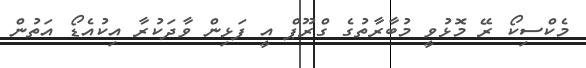
މެކްސިކޯ ރޭ މޮޅުވީ މުބާރާތުގެ ގްރޫޕް އީ ފަޅިން ވާދަކުރާ އިކުއެޑޯ އަތުން